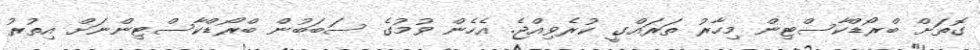
ގޮތަށް ބްރޯޑްކާސްޓިން މިހާރު ތަރައްގީ ކުރެވިއްޖެ. އެހެން ވުމުގެ ސަބަބުން ބްރޯޑްކާސްޓިންނަށް އިތުރު